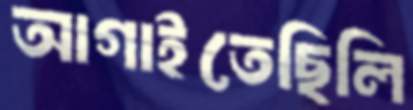
আগাইতেছিলি